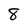
Character: 8